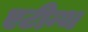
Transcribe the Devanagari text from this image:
एटीन्थ